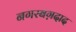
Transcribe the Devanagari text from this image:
नगरबग़दाद